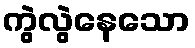
ကွဲလွဲနေသော